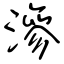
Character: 滲